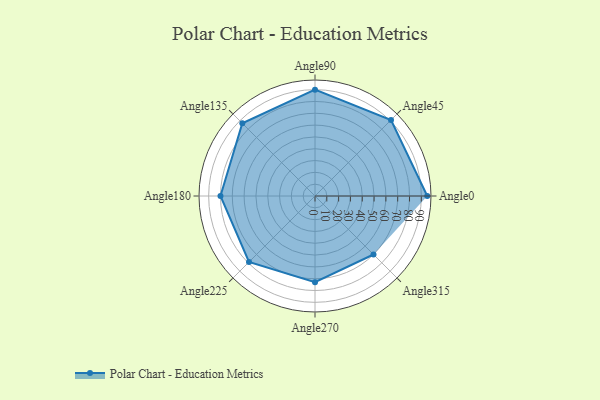
{"axis": {"x": "Angle", "y": "Radius"}, "legend": [""], "data": [{"x": "Angle0", "y": 95.0, "type": ""}, {"x": "Angle45", "y": 91.0, "type": ""}, {"x": "Angle90", "y": 90.0, "type": ""}, {"x": "Angle135", "y": 87.0, "type": ""}, {"x": "Angle180", "y": 80.0, "type": ""}, {"x": "Angle225", "y": 79.0, "type": ""}, {"x": "Angle270", "y": 73.0, "type": ""}, {"x": "Angle315", "y": 70.0, "type": ""}]}